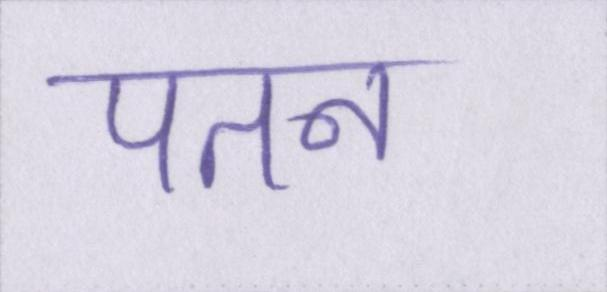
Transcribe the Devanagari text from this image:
पतन